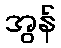
အွန်